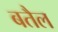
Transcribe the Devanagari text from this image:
बतैल